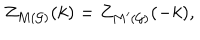
LaTeX: Z _ { M ( { \cal G ) } } ( k ) = Z _ { M ^ { \prime } ( { \cal G ) } } ( - k ) ,